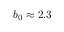
b _ { 0 } \approx 2 . 3